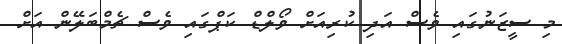
މި ސީޒަނުގައި ވެސް އަދި ކުރިއަށް ވޯލްޑް ކަޕްގައި ވެސް ޗެމްބަލޭން އަށް